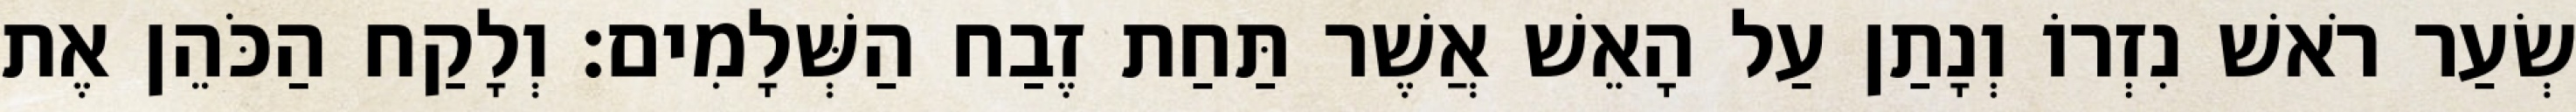
שְׂעַר רֹאשׁ נִזְרוֹ וְנָתַן עַל הָאֵשׁ אֲשֶׁר תַּחַת זֶבַח הַשְּׁלָמִים׃ וְלָקַח הַכֹּהֵן אֶת